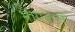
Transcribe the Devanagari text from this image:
भीमकली